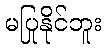
မပြုနိုင်ဘူး